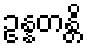
ဥန္နတန္တိ